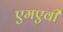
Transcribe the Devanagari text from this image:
एमएवी